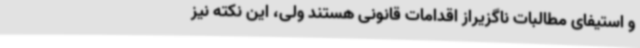
و استیفای مطالبات ناگزیراز اقدامات قانونی هستند ولی، این نکته نیز